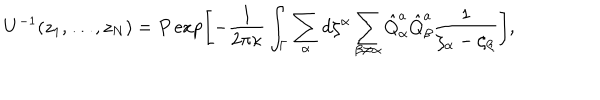
LaTeX: U ^ { - 1 } ( z _ { 1 } , \dots , z _ { N } ) = P \exp \left[ - { \frac { 1 } { 2 \pi \kappa } } \int _ { \Gamma } \sum _ { \alpha } d \zeta ^ { \alpha } \sum _ { \beta \not = \alpha } \hat { Q } _ { \alpha } ^ { a } \hat { Q } _ { \beta } ^ { a } { \frac { 1 } { \zeta _ { \alpha } - \zeta _ { \beta } } } \right] ,